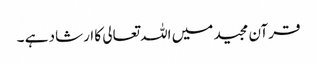
قرآن مجید میں اللہ تعالی کا ارشاد ہے ۔